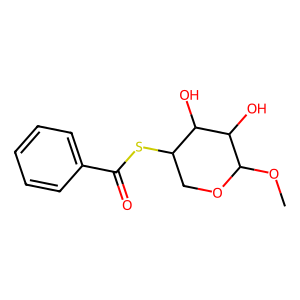
SMILES: COC1OCC(SC(=O)c2ccccc2)C(O)C1O
Inhibits HIV replication: No